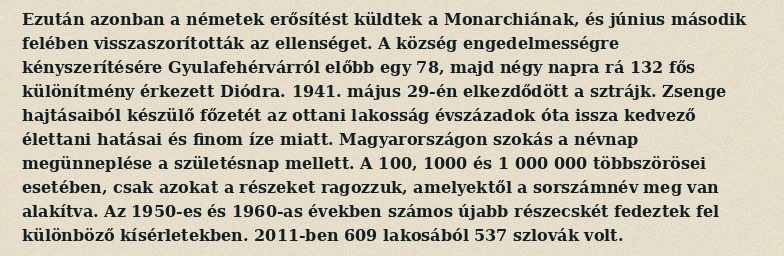
Ezután azonban a németek erősítést küldtek a Monarchiának, és június második felében visszaszorították az ellenséget. A község engedelmességre kényszerítésére Gyulafehérvárról előbb egy 78, majd négy napra rá 132 fős különítmény érkezett Diódra. 1941. május 29-én elkezdődött a sztrájk. Zsenge hajtásaiból készülő főzetét az ottani lakosság évszázadok óta issza kedvező élettani hatásai és finom íze miatt. Magyarországon szokás a névnap megünneplése a születésnap mellett. A 100, 1000 és 1 000 000 többszörösei esetében, csak azokat a részeket ragozzuk, amelyektől a sorszámnév meg van alakítva. Az 1950-es és 1960-as években számos újabb részecskét fedeztek fel különböző kísérletekben. 2011-ben 609 lakosából 537 szlovák volt.